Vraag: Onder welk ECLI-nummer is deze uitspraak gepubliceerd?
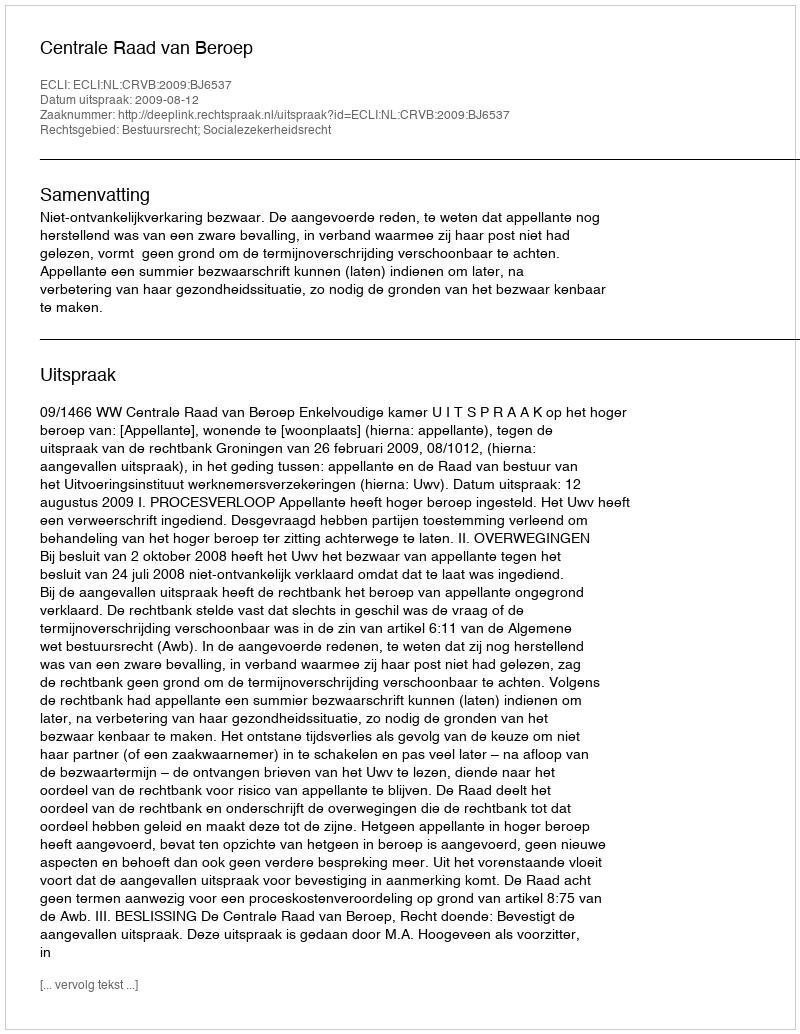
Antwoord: ECLI:NL:CRVB:2009:BJ6537